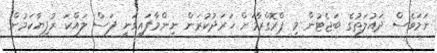
ނަމަވެސް ދައުލަތުގެ ބަޖެޓުން މި ޕްރޮގްރާމަށް ޚަރަދުކުރަން ނިންމާފައިވަނީ ފަސް ލައްކަ ރުފިޔާކަމުން